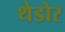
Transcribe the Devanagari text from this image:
थेडोर